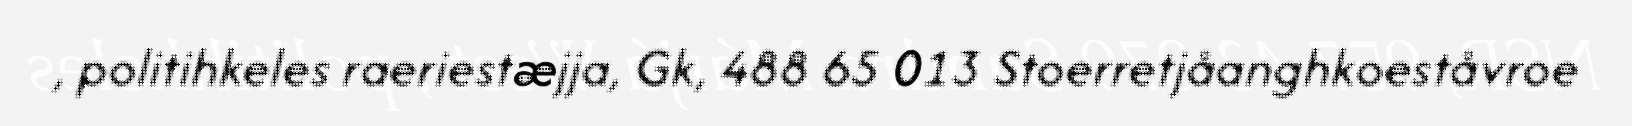
, politihkeles raeriestæjja, Gk, 488 65 013 Stoerretjåanghkoeståvroe